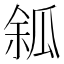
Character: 𤫿